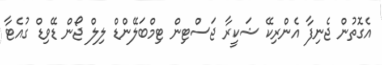
އެގޮތުން ޖެނިފާ އެންރިކޭ ޝަކީރާ ޖަސްޓިން ޓިމްބަލޭންޑް ލިލް ޖޯން ޑޭވިޑް ގުއެޓާ